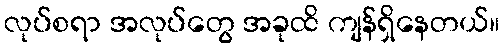
လုပ်စရာ အလုပ်တွေ အခုထိ ကျန်ရှိနေတယ်။